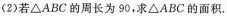
(2)若△ABC的周长为90，求△ABC的面积.